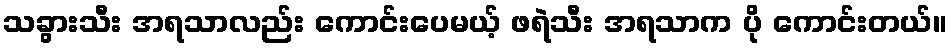
သခွားသီး အရသာလည်း ကောင်းပေမယ့် ဖရဲသီး အရသာက ပို ကောင်းတယ်။